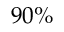
9 0 \%